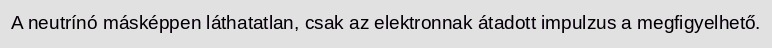
A neutrínó másképpen láthatatlan, csak az elektronnak átadott impulzus a megfigyelhető.